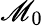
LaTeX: \mathscr{M}_{0}